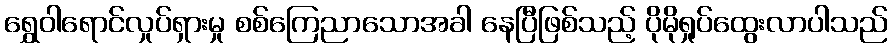
ရွှေဝါရောင်လှုပ်ရှားမှု စစ်ကြေညာသောအခါ နေပြီဖြစ်သည့် ပိုမိုရှုပ်ထွေးလာပါသည်